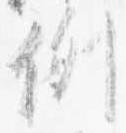
例